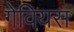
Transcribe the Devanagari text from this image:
गेवियस